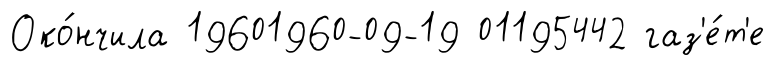
Око́нчила 19601960-09-19 01195442 газ'е́т'е